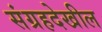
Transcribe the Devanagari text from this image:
संग्रहदेखील